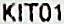
KIT01